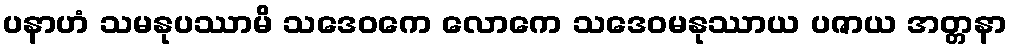
ပနာဟံ သမနုပဿာမိ သဒေဝကေ လောကေ သဒေဝမနုဿာယ ပဇာယ အတ္တနာ